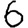
Digit: 6